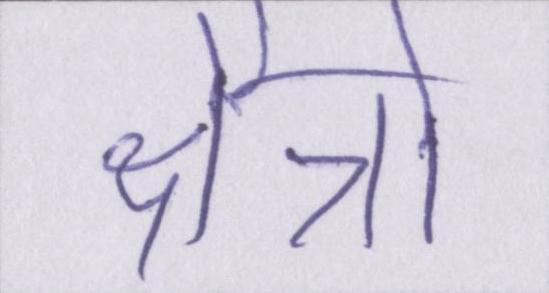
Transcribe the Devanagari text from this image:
क्षैत्रो